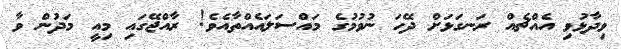
ވިދާޅުވި އެއްޗެއް ރަނގަޅަށް ދޭހަ ނުވުމުގެ މައްސަލައެއްތާއެވެ! ރާއްޖޭގައި މިއީ މަދުން ވާ